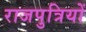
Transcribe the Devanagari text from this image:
राजपुत्रियों